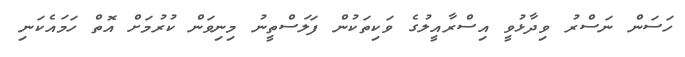
ހަސަން ނަސްރު ވިދާޅުވީ އިސްރާއީލުގެ ވަކިތަކުން ފަލަސްތީނު މިނިވަން ކުރުމަށް އޮތް ހަމައެކަނި